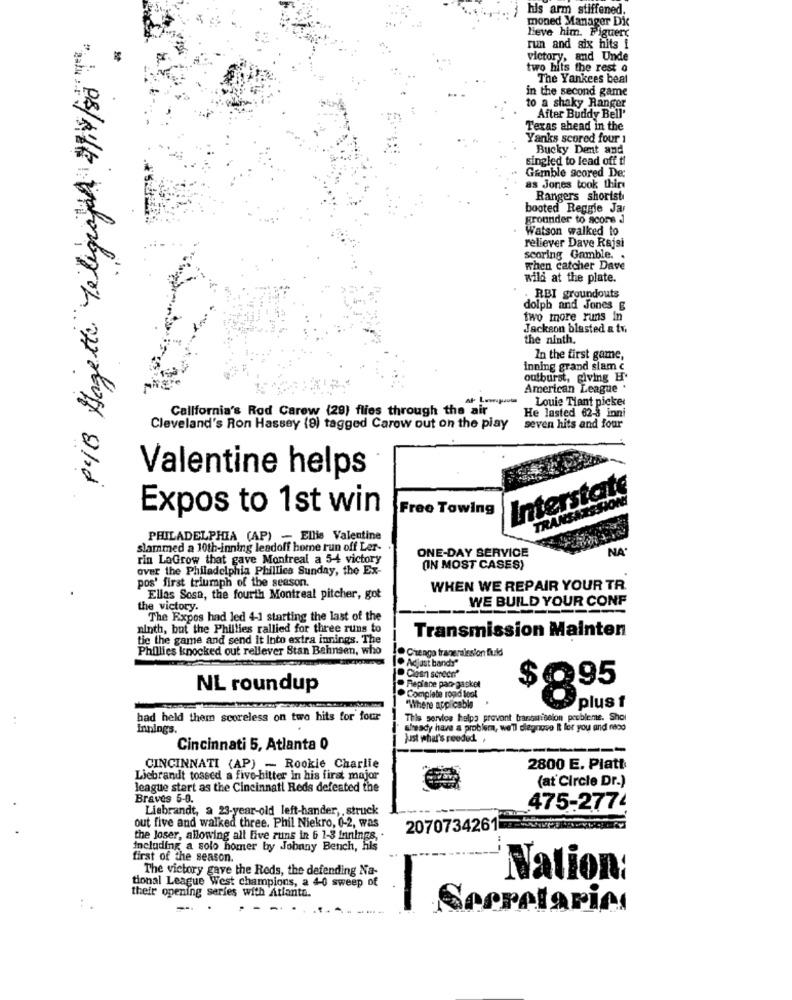
his arm stiffened.
moned Manager Dic
Heve him. Figuerc
PIB Hagetthe Telegraph 4/4/807.
run and six hits i
victory, and Unde
two hits the rest o
The Yankees beat
in the second game
to a shaky Ranger
After Buddy Bell'
Texas ahead in the
Yanks scored four 1
Bucky Dent and
singled to lead off ti
Gamble Scored De:
as Jones took thiru
Rangers shorist
booted Reggie Jar
grounder to score J
Watson walked to
reliever Dave Rajsi
scoring Gamble. .
when catcher Dave
wild at the plate.
RBI groundouts
dolph and Jones &
two more runs In
Jackson blasted & tv
the ninth.
In the first game,
inning grand slam c
outburst, giving H.
American League .
Louie Tiant picker
California's Rod Carew (29) flies through the air
He lasted 62-8 inni
Cleveland's Ron Hassey (9) tagged Carow out on the play
seven hits and four
Valentine helps
Interstate
Expos to 1st win
Free Towing
TRANSA
PHILADELPHIA (AP) - Ellis Valentine
slammed a 10th-inning leadoff home run off Ler-
ONE-DAY SERVICE
NA'
rin LaGrow that gave Montreal a 5-4 victory
over the Philadelphia Phillies Sunday, the Ex-
(IN MOST CASES)
pos' first triumph of the season.
WHEN WE REPAIR YOUR TR.
Ellas Sosa, the fourth Montreal pitcher, got
the victory.
WE BUILD YOUR CONF
The Expos had led 4-1 starting the last of the
ninth, but the Phillies rallied for three runs to
tic the game and send it Into extra innings. The
Transmission Mainten
Phillies knocked out reliever Stan Bahnsen, who
! Chengo traneralesion fields
. Adjust bands"
Coen screen"
$Q95
NL roundup
Repiane pao-gaskel
. Complete rond tool
"Where applicable
plus
. .
had held them scoreless on two hits for four
This service helpo provont transmission probleme. Shol
Innings.
sheady have a problem, we'll diagnose It for you and reco
Just what's roodud. ,
Cincinnati 5, Atlanta 0
CINCINNATI (AP) - Rookie Charlie
2800 E. Platt
Liebrandt tossed a five-hitter in his first major
(ať Circle Dr.)
league stert as the Cincinnati Reds defeated the
Braves 5-0.
Liebrandt, a 23-year-old_left-hander ,, struck
475-2774
out five and walked three. Phil Niekro, 0-2, was
2070734261
the loser, allowing all five runs in 6 1-3 Innings, .
Including a solo homer by Johnny Bench, his
first of the season.
The victory gave the Reds, the defending Na-
Nation
tional League West champions, a 4-0 sweep of
their opening series with Atlanta.
Sopratarias